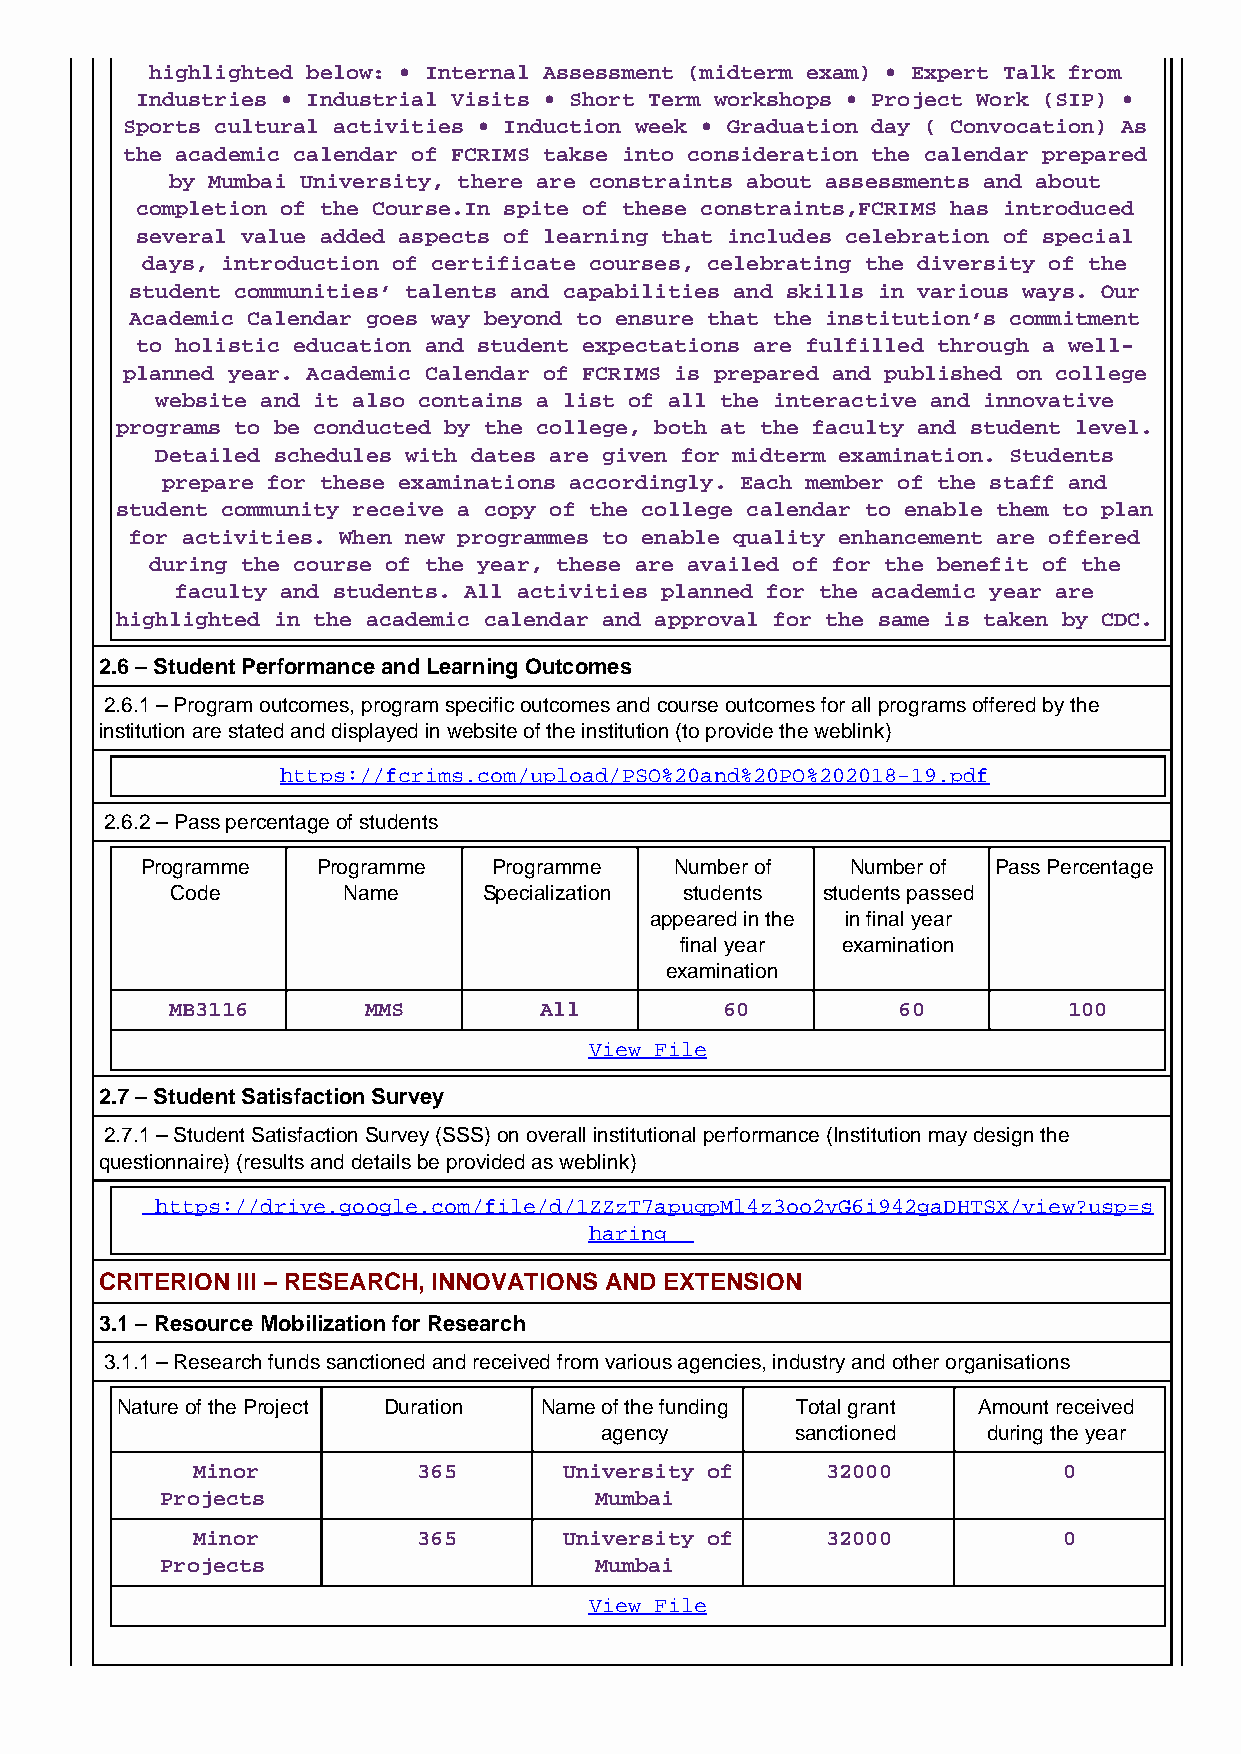
highlighted below: • Internal Assessment (midterm exam) • Expert Talk from
 Industries • Industrial Visits • Short Term workshops • Project Work (SIP) •
 Sports cultural activities • Induction week • Graduation day ( Convocation) As
 the academic calendar of FCRIMS takse into consideration the calendar prepared
 by Mumbai University, there are constraints about assessments and about
 completion of the Course.In spite of these constraints,FCRIMS has introduced
 several value added aspects of learning that includes celebration of special
 days, introduction of certificate courses, celebrating the diversity of the
 student communities’ talents and capabilities and skills in various ways. Our
 Academic Calendar goes way beyond to ensure that the institution’s commitment
 to holistic education and student expectations are fulfilled through a well-
 planned year. Academic Calendar of FCRIMS is prepared and published on college
 website and it also contains a list of all the interactive and innovative
 programs to be conducted by the college, both at the faculty and student level.
 Detailed schedules with dates are given for midterm examination. Students
 prepare for these examinations accordingly. Each member of the staff and
 student community receive a copy of the college calendar to enable them to plan
 for activities. When new programmes to enable quality enhancement are offered
 during the course of the year, these are availed of for the benefit of the
 faculty and students. All activities planned for the academic year are
 highlighted in the academic calendar and approval for the same is taken by CDC.
 2.6 – Student Performance and Learning Outcomes
 2.6.1 – Program outcomes, program specific outcomes and course outcomes for all programs offered by the
 institution are stated and displayed in website of the institution (to provide the weblink)
 https://fcrims.com/upload/PSO%20and%20PO%202018-19.pdf
 2.6.2 – Pass percentage of students
 Programme   Programme   Programme   Number of  Number of Pass Percentage
 Code        Name     Specialization students students passed
 appeared in the in final year
 final year examination
 examination
 MB3116       MMS         All         60         60          100
 View File
 2.7 – Student Satisfaction Survey
 2.7.1 – Student Satisfaction Survey (SSS) on overall institutional performance (Institution may design the
 questionnaire) (results and details be provided as weblink)
 https://drive.google.com/file/d/1ZZzT7apuqpMl4z3oo2vG6i942gaDHTSX/view?usp=s
 haring
 CRITERION III – RESEARCH, INNOVATIONS AND EXTENSION
 3.1 – Resource Mobilization for Research
 3.1.1 – Research funds sanctioned and received from various agencies, industry and other organisations
 Nature of the Project Duration Name of the funding Total grant Amount received
 agency       sanctioned  during the year
 Minor          365      University of     32000          0
 Projects                    Mumbai
 Minor          365      University of     32000          0
 Projects                    Mumbai
 View File